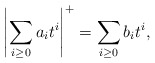
\begin{align*}\left | \sum_{i \ge 0} a_i t^i \right |^+ = \sum_{i \ge 0} b_i t^i,\end{align*}